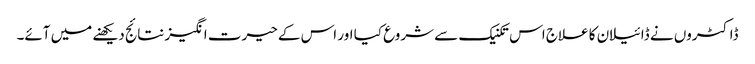
ڈاکٹروں نے ڈائیلان کا علاج اس تکنیک سے شروع کیا اور اس کے حیرت انگیز نتائج دیکھنے میں آئے۔